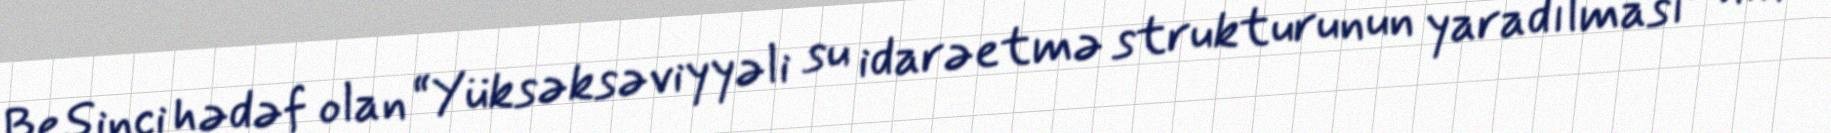
Beşinci hədəf olan “Yüksəksəviyyəli su idarəetmə strukturunun yaradılması” nın